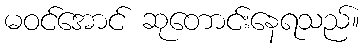
မဝင်အောင် ဆုတောင်းနေရသည်။